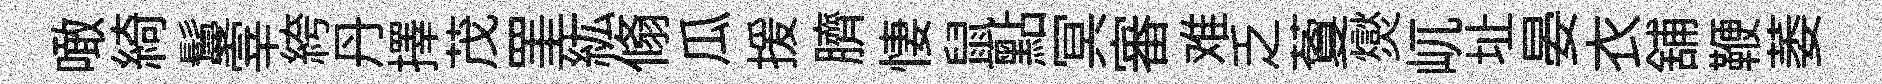
噉綺鬘宰絝丹擇茂罣紘翛瓜援臍悽鼠點冥審难乏藑爕屼址晏衣舖鞭萎